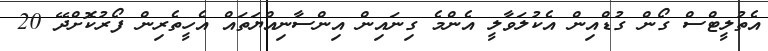
އެތުލީޓްސް ގޯން ގުޑްއިން އެކުލަވާލީ އެންމެ ގިނައިން އިންސާނިއްޔަތައް އެހީތެރިން ފޯރުކޮށްދޭ 20